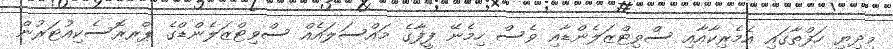
މިދިޔި ހަފްތާގައި އެމެރިކާއާއި ސްވިޓްޒަލެންޑާއި ވެސް ހިމެނޭ ފީފާގެ މައްސަލައެއް ސްވިޓްޒަލެންޑްގެ ޕްރރޮސެކިއުޓަރުން